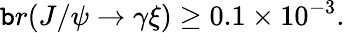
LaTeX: \mathtt{b}r(J/\psi\rightarrow\gamma\xi)\geq0.1\times10^{-3}.